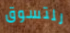
للتسوق